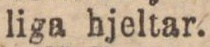
liga hjeltar.